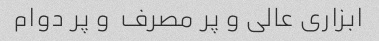
ابزاری عالی و پر مصرف  و پر دوام